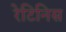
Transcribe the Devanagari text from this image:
रेटिनिस